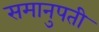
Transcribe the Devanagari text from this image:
समानुपती